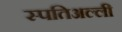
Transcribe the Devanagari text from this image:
स्पतिअल्ली